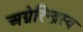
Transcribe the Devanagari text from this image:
अग्नेरिन्द्रस्य